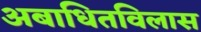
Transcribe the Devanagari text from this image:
अबाधितविलास